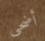
أضحى